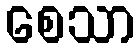
စေသာ